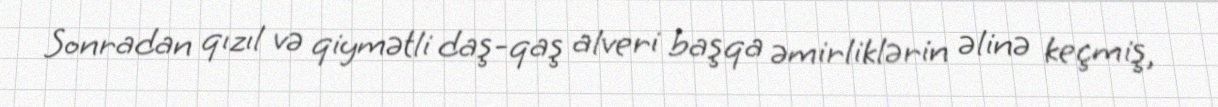
Sonradan qızıl və qiymətli daş-qaş alveri başqa əmirliklərin əlinə keçmiş,